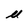
Character: u